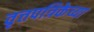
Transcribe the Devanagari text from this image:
वृत्तपत्रिकेच्या